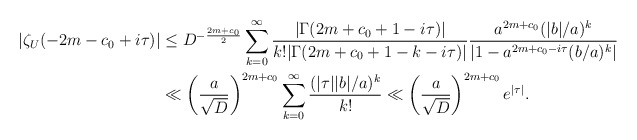
\begin{align*} |\zeta_U(-2m-c_0+i\tau)|&\leq D^{-\frac{2m+c_0}{2}}\sum_{k=0}^\infty \frac{|\Gamma(2m+c_0+1-i\tau)|}{k! |\Gamma(2m+c_0+1-k-i\tau)|}\frac{a^{2m+c_0} (|b|/a)^k}{\left|1- a^{2m+c_0-i\tau}(b/a)^k\right|} \\ &\ll \left(\frac{a}{\sqrt{D}}\right)^{2m+c_0}\sum_{k=0}^\infty \frac{(|\tau| |b|/a)^k}{k!}\ll \left(\frac{a}{\sqrt{D}}\right)^{2m+c_0}e^{|\tau|}.\end{align*}